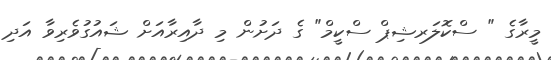
މީރާގެ " ސްކޮލަރޝިޕް ސްކީމް" ގެ ދަށުން މި ދާއިރާއަށް ޝައުގުވެރިވާ އަދި